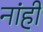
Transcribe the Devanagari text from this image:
नांही